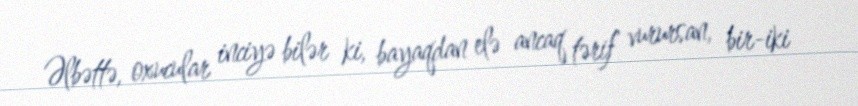
Əlbəttə, oxucular inciyə bilər ki, bayaqdan elə ancaq tərif vurursan, bir-iki